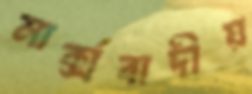
মার্ক্সবাদীয়